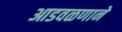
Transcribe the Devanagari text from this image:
आडवळणाने